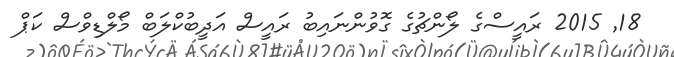
18